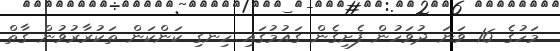
މަހުގެ 16 ވަނަ ދުވަހުން ފެށިގެން ގައުމުގައި ހިނގި ކަންކަން ތަކުރާރުވުން ގާތް